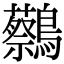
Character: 𪇭